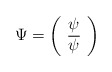
\begin{align*}\Psi=\left(\begin{array}{c}\psi\\\overline\psi\end{array}\right)\end{align*}